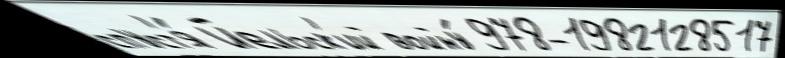
спуст'я́ Йельск'ий войну́ 978-1982128517